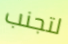
لتجنب